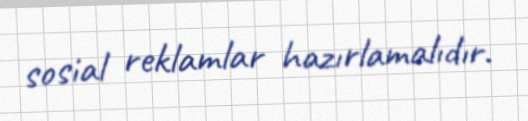
sosial reklamlar hazırlamalıdır.